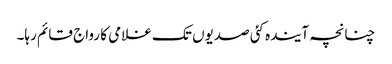
چنانچہ آیندہ کئی صدیوں تک غلامی کا رواج قائم رہا۔